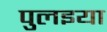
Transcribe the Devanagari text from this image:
पुलइया